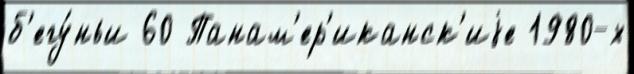
б'егу́ньи 60 Панам'ер'иканск'иjе 1980-х